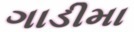
ગાડીમા